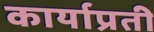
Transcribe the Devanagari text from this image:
कार्याप्रती